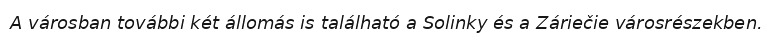
A városban további két állomás is található a Solinky és a Záriečie városrészekben.